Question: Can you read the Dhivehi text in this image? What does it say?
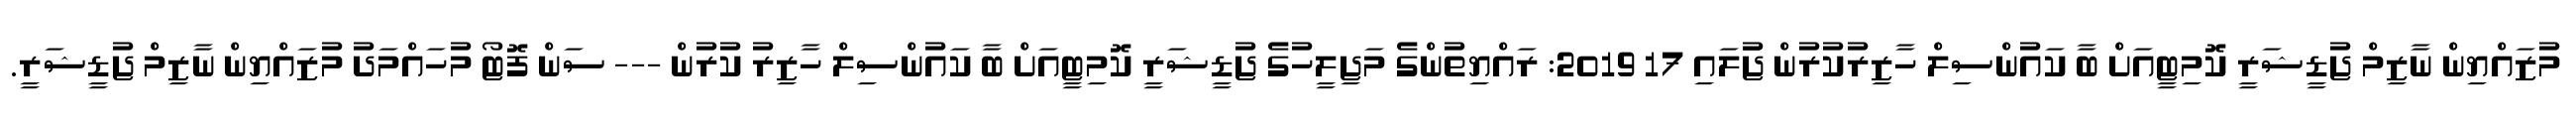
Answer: މުޒައްޔިން ނާޒިމް ޖުޑީޝަރީ ކޮމިޓީއަށް ބާ ކައުންސިލް ހާޒިރުކުރުން ޖުަލައި 17 2019: ރައްޔިތުންގެ މަޖިލީހުގެ ޖުޑީޝަރީ ކޮމިޓީއަށް ބާ ކައުންސިލް ހާޒިރު ކުރުން --- ސަން ފޮޓޯ މުހައްމަދު މުޒައްޔިން ނާޒިމް ޖުޑީޝަރީ.